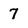
Character: 7